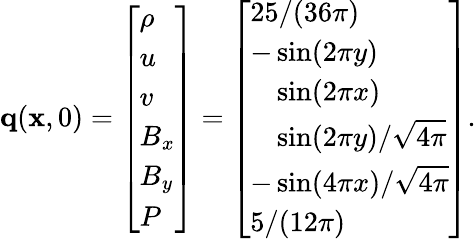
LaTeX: \mathbf{q}(\mathbf{x},0)=\left[\begin{array}{l}{\rho}\\ {u}\\ {v}\\ {B_{x}}\\ {B_{y}}\\ {P}\end{array}\right]=\left[\begin{array}{l}{25/(36\pi)}\\ {-\sin(2\pi y)}\\ {\phantom{-}\sin(2\pi x)}\\ {\phantom{-}\sin(2\pi y)/\sqrt{4\pi}}\\ {-\sin(4\pi x)/\sqrt{4\pi}}\\ {5/(12\pi)}\end{array}\right].